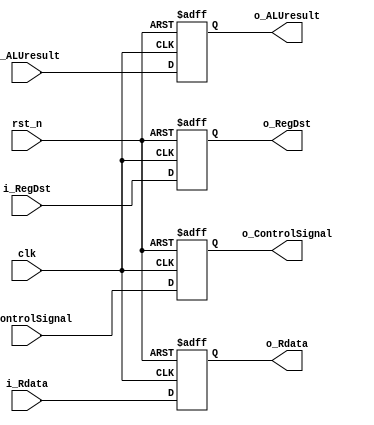
module MEM_WB(
    input clk, rst_n,
    input [1:0] i_ControlSignal,
    // 8-7 : ALUOp, 6: ALUSrc, 5: RegDst / 4: Branch, 3: MemRead, 2: MemWrite / 1: RegWrite, 0: MemtoReg
    input [31:0] i_Rdata, i_ALUresult,
    input [4:0] i_RegDst,
    output reg [1:0] o_ControlSignal,
    output reg [31:0] o_Rdata, o_ALUresult,
    output reg [4:0] o_RegDst
);

always @(posedge clk, negedge rst_n) begin
if(!rst_n) 
    {o_ControlSignal, o_Rdata, o_ALUresult, o_RegDst} <= 71'b0;
else
    {o_ControlSignal, o_Rdata, o_ALUresult, o_RegDst} 
    <= {i_ControlSignal, i_Rdata, i_ALUresult, i_RegDst};
end
endmodule